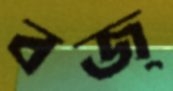
বজ্